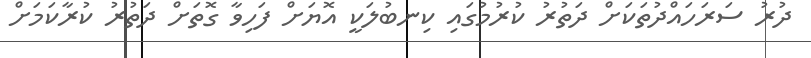
ދުރު ސަރަހައްދުތަކަށް ދަތުރު ކުރުމުގައި ކިނބުލަކީ އޮޔަށް ފަހިވާ ގޮތަށް ދަތުރު ކުރާކަމަށް